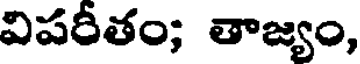
విపరీతం; తాజ్యం,